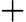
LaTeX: \mathbf{+}